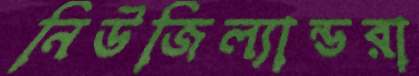
নিউজিল্যান্ডরা